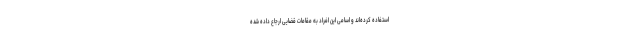
استفاده کرده‌اند و اسامی این افراد به مقامات قضایی ارجاع داده شده